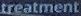
treatment